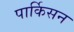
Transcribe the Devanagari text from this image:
पार्किसन